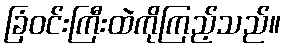
ခြံဝင်းကြီးထဲကိုကြည့်သည်။